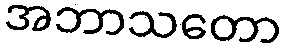
အဘာသတော